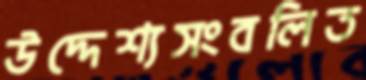
উদ্দেশ্যসংবলিত